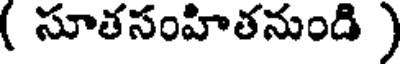
( సూతసంహితనుండి )